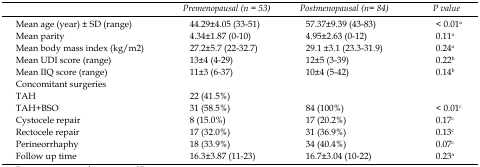
|  | Premenopausal (n = 53) | Postmenopausal (n = 84) | P value |
 | --- | --- | --- | --- |
 | Mean age (year) ± SD (range) | 44.29±4.05 (33-51) | 57.37±9.39 (43-83) | < 0.01a |
 | Mean parity | 4.34±1.87 (0-10) | 4.95±2.63 (0-12) | 0.11a |
 | Mean body mass index (kg/m2) | 27.2±5.7 (22-32.7) | 29.1 ±3.1 (23.3-31.9) | 0.24a |
 | Mean UDI score (range) | 13±4 (4-29) | 12±5 (3-39) | 0.22b |
 | Mean IIQ score (range) | 11±3 (6-37) | 10±4 (5-42) | 0.14b |
 | Concomitant surgeries |  |  |  |
 | TAH | 22 (41.5%) |  |  |
 | TAH+BSO | 31 (58.5%) | 84 (100%) | < 0.01c |
 | Cystocele repair | 8 (15.0%) | 17 (20.2%) | 0.17c |
 | Rectocele repair | 17 (32.0%) | 31 (36.9%) | 0.13c |
 | Perineorrhaphy | 18 (33.9%) | 34 (40.4%) | 0.07c |
 | Follow up time | 16.3±3.87 (11-23) | 16.7±3.04 (10-22) | 0.23a |